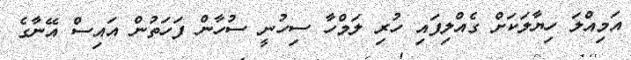
އަމިއްލަ ހިޔާލަކަށް ގެއްލިފައި ހުރި ލަމްހާ ސިހުނީ ސުހާން ފަހަތުން އައިސް އޭނާގެ